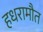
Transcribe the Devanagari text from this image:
हधरामौत